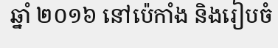
ឆ្នាំ ២០១៦ នៅប៉េកាំង និងរៀបចំ